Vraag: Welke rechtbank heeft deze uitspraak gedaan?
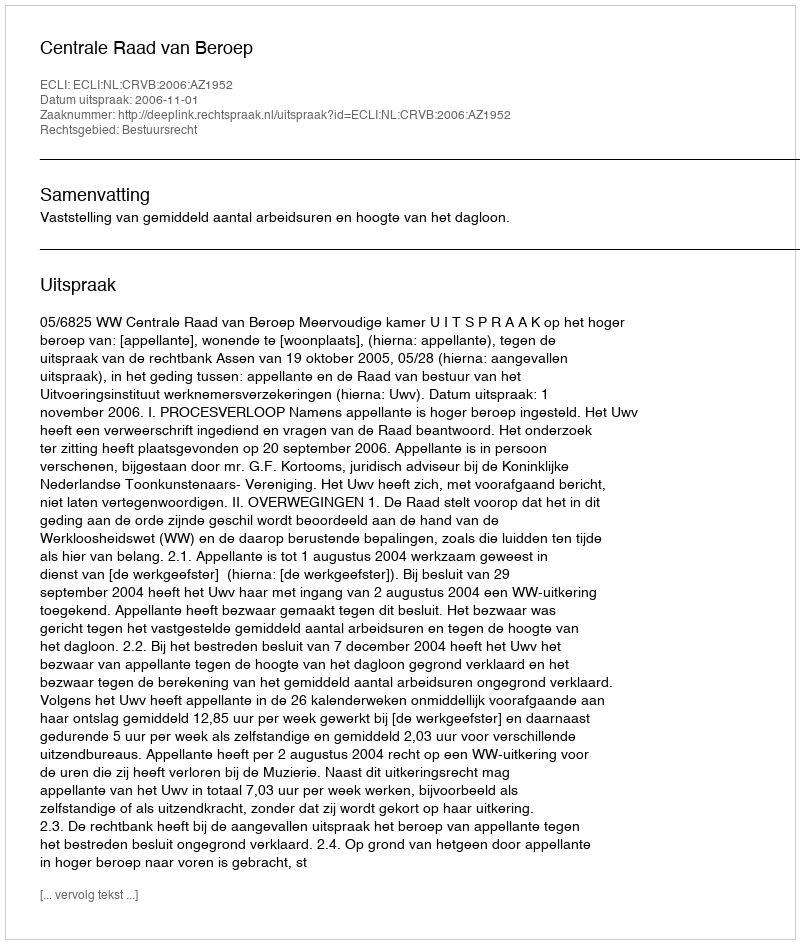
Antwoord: Centrale Raad van Beroep